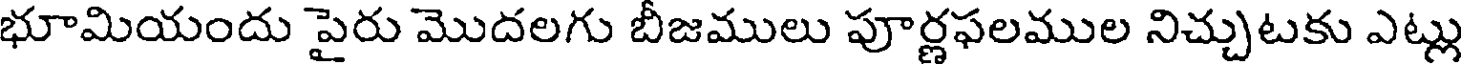
భూమియందు పైరు మొదలగు బీజములు పూర్ణఫలముల నిచ్చుటకు ఎట్లు